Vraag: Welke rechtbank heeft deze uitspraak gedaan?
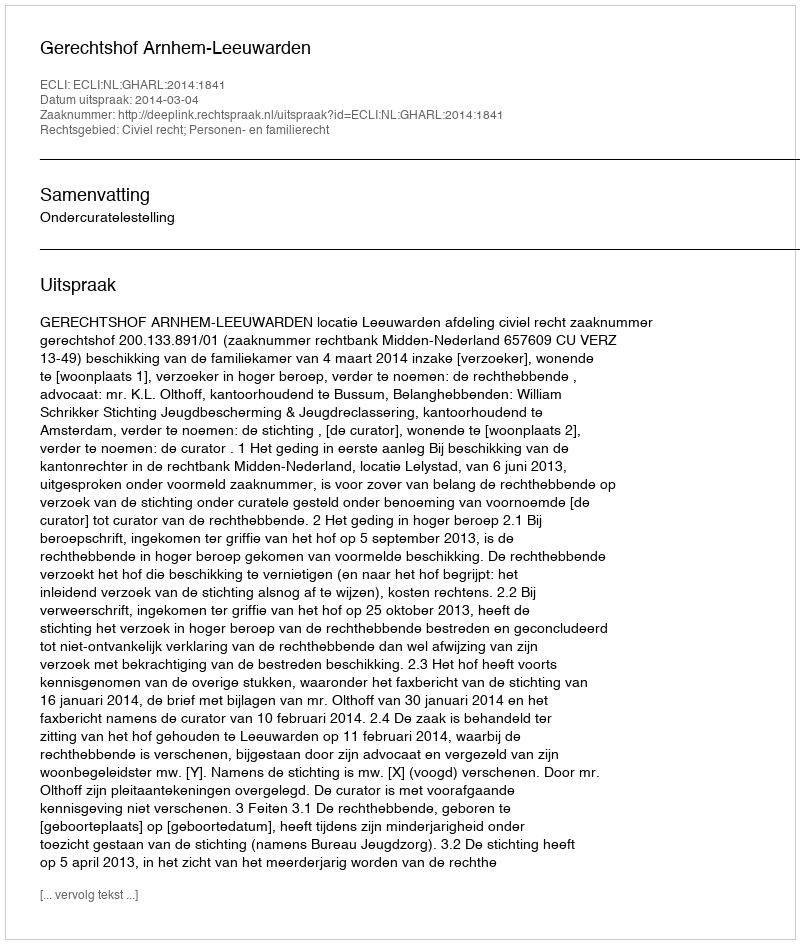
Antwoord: Gerechtshof Arnhem-Leeuwarden